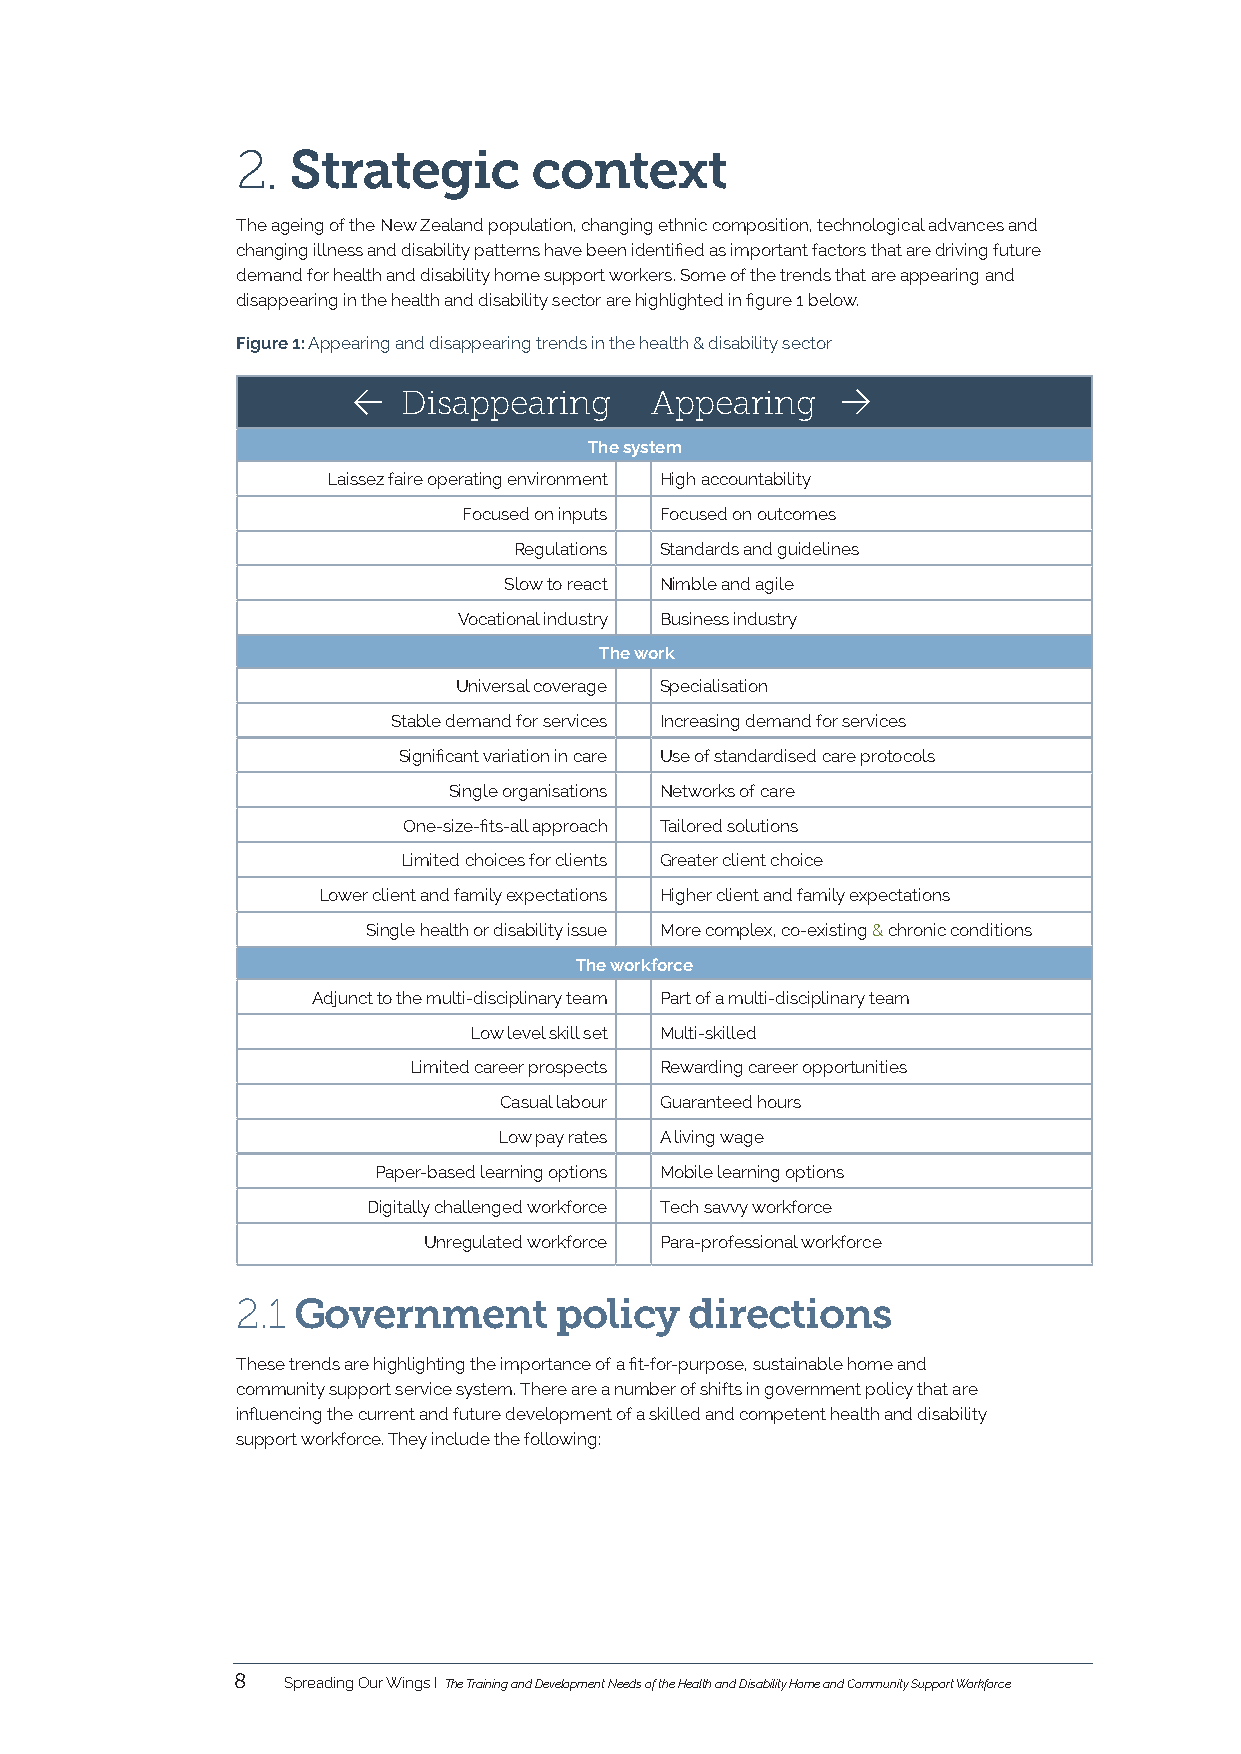
2. Strategic       context
 The ageing of the New Zealand population, changing ethnic composition, technological advances and
 changing illness and disability patterns have been identified as important factors that are driving future
 demand for health and disability home support workers. Some of the trends that are appearing and
 disappearing in the health and disability sector are highlighted in figure 1 below.
 Figure 1: Appearing and disappearing trends in the health & disability sector
    Disappearing    Appearing    
 The system
 Laissez faire operating environment High accountability
 Focused on inputs Focused on outcomes
 Regulations Standards and guidelines
 Slow to react Nimble and agile
 Vocational industry Business industry
 The work
 Universal coverage Specialisation
 Stable demand for services Increasing demand for services
 Significant variation in care Use of standardised care protocols
 Single organisations Networks of care
 One-size-fits-all approach Tailored solutions
 Limited choices for clients Greater client choice
 Lower client and family expectations Higher client and family expectations
 Single health or disability issue More complex, co-existing & chronic conditions
 The workforce
 Adjunct to the multi-disciplinary team Part of a multi-disciplinary team
 Low level skill set Multi-skilled
 Limited career prospects Rewarding career opportunities
 Casual labour Guaranteed hours
 Low pay rates A living wage
 Paper-based learning options Mobile learning options
 Digitally challenged workforce Tech savvy workforce
 Unregulated workforce Para-professional workforce
 2.1 Government       policy   directions
 These trends are highlighting the importance of a fit-for-purpose, sustainable home and
 community support service system. There are a number of shifts in government policy that are
 influencing the current and future development of a skilled and competent health and disability
 support workforce. They include the following:
 8   Spreading Our Wings I The Training and Development Needs of the Health and Disability Home and Community Support Workforce